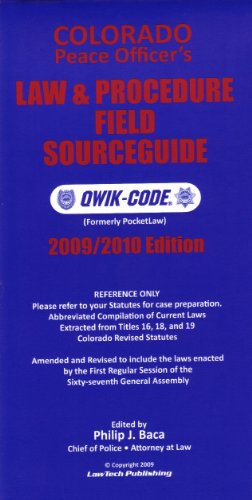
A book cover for COLORADO PEACE OFFICERS' LAW & PROCEDURE FIELD SOURCEGUIDE - 2009/2010 Edition Qwik-Code; Phil Baca; Law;